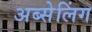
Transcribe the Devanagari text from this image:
अब्सेलिंग